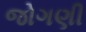
જોગણી